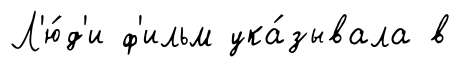
Л'ю́д'и ф'ильм ука́зывала в